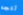
تتجه